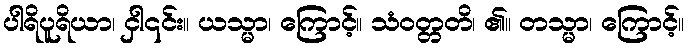
ပါရိပူရိယာ၊ ငှါ၎င်း။ ယသ္မာ၊ ကြောင့်။ သံဝတ္တတိ၊ ၏။ တသ္မာ၊ ကြောင့်။